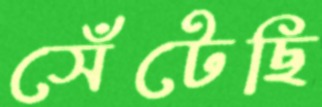
সেঁটেছি